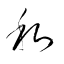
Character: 私